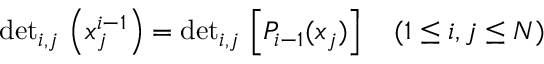
\mathrm { d e t } _ { i , j } \, \left( x _ { j } ^ { i - 1 } \right) = \mathrm { d e t } _ { i , j } \, \left[ P _ { i - 1 } ( x _ { j } ) \right] \quad ( 1 \leq i , j \leq N )